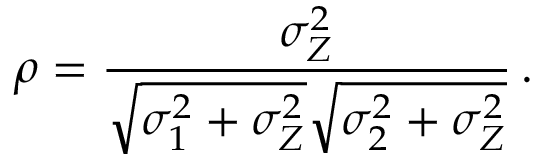
\rho = \frac { \sigma _ { Z } ^ { 2 } } { \sqrt { \sigma _ { 1 } ^ { 2 } + \sigma _ { Z } ^ { 2 } } \sqrt { \sigma _ { 2 } ^ { 2 } + \sigma _ { Z } ^ { 2 } } } \, .